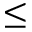
\le